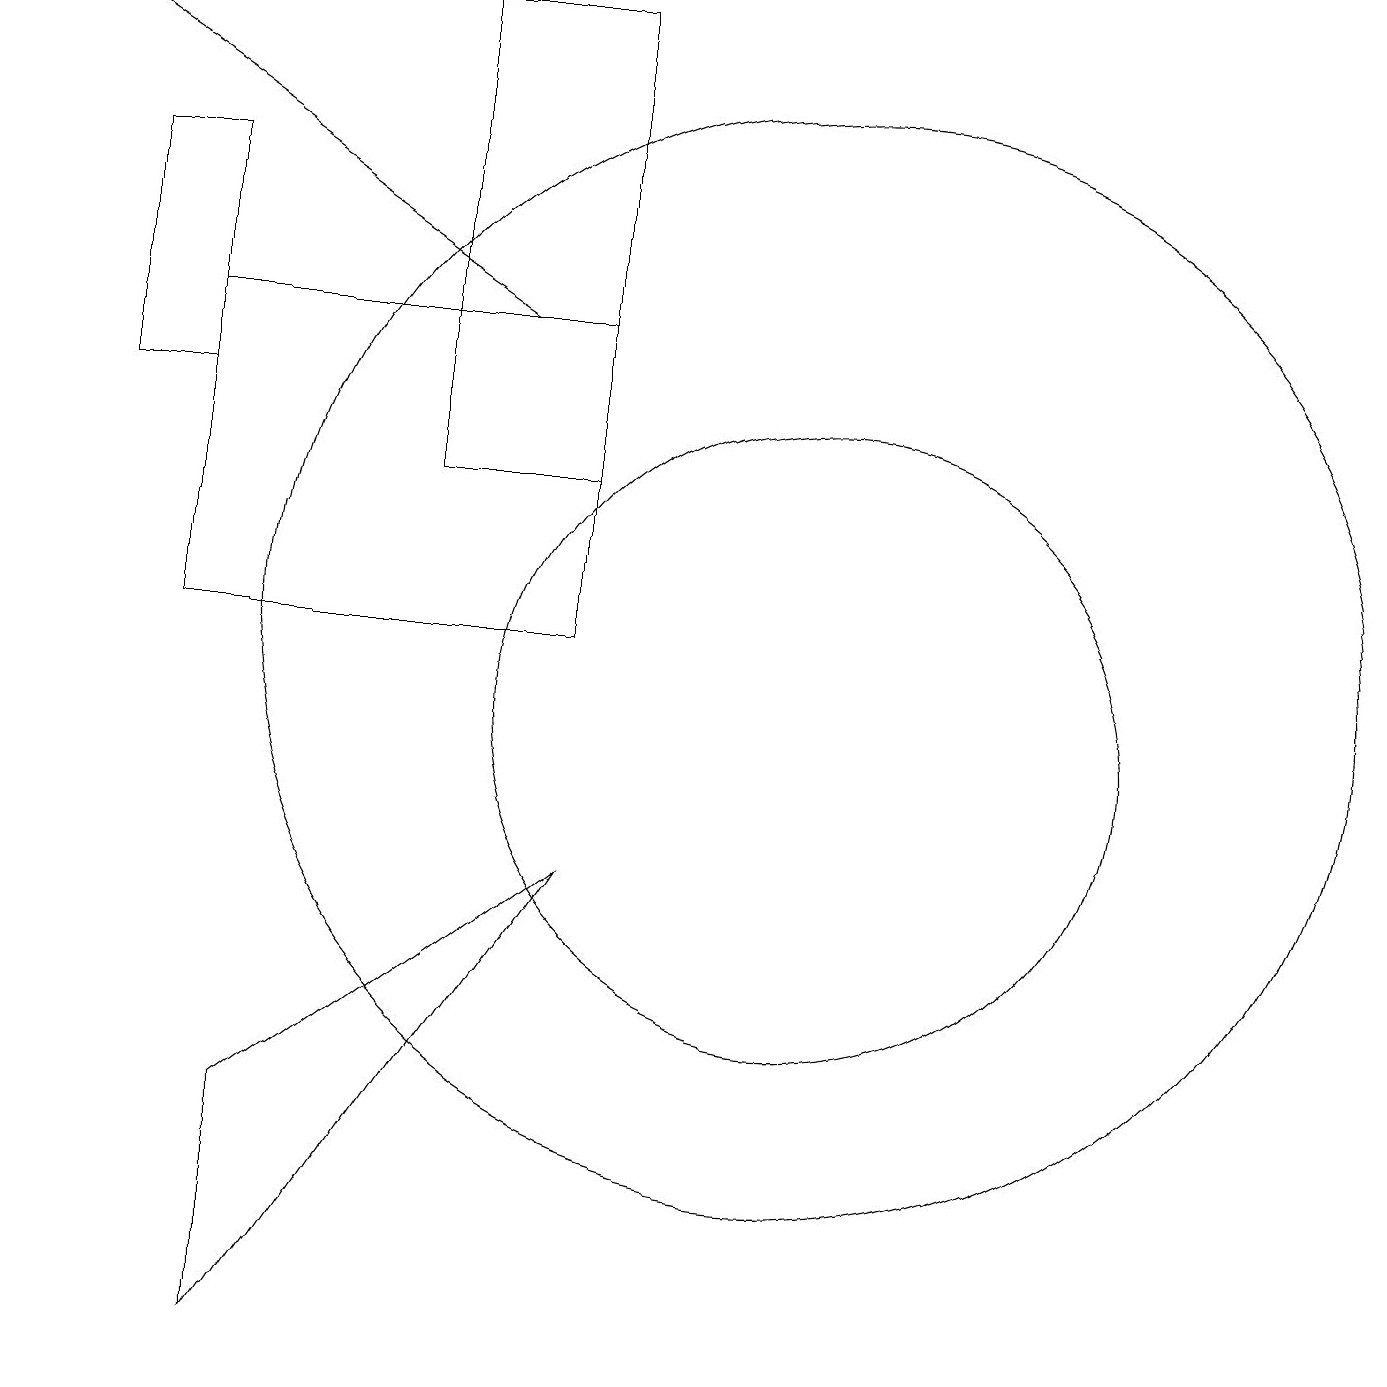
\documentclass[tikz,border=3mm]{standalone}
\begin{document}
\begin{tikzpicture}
\draw[->] (7,15) -- (1,19);
\draw (4,5) -- (4,2) -- (8,8) -- cycle;
\draw (3,15) rectangle (8,11);
\draw (2,17) rectangle (3,14);
\draw (8,19) rectangle (6,13);
\draw (11,11) circle (7);
\draw (11,10) circle (4);
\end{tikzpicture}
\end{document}